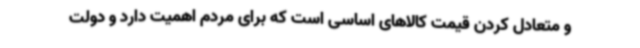
و متعادل کردن قیمت کالاهای اساسی است که برای مردم اهمیت دارد و دولت